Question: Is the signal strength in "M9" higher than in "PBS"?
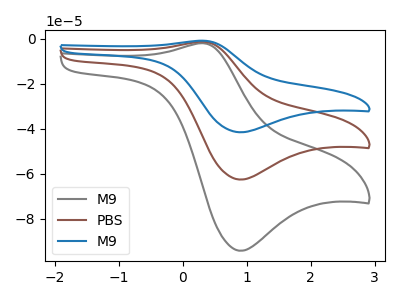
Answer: <think>The gray curve "M9" has an anodic peak at (0.30V, -2.00uA) and a cathodic peak at (0.90V, -94.20uA). The brown curve "PBS" has an anodic peak at (0.30V, -1.35uA) and a cathodic peak at (0.90V, -62.60uA). The blue curve "M9" has an anodic peak at (0.30V, -2.65uA) and a cathodic peak at (0.90V, -125.15uA).
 All the peaks in "M9" have a peak in "PBS" at the same potential.</think>
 <answer>I cant tell if "M9" or "PBS" has more signal.</answer>
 <eval>mixed_signal</eval>